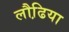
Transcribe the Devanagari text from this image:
लौढि़या